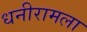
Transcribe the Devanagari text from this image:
धनीरामला